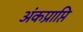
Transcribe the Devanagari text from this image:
अंकप्राप्ति